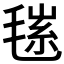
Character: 𣮽